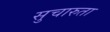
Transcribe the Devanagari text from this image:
सुचारुता